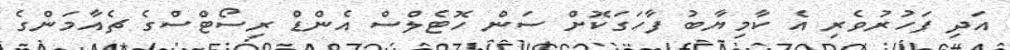
އަދި ފަހުރުވެރި އެ ކާމިޔާބު ފާހަގަކޮށް ސަން ހޮޓެލްސް އެންޑް ރިސޯޓްސްގެ ޗެއާމަންގެ